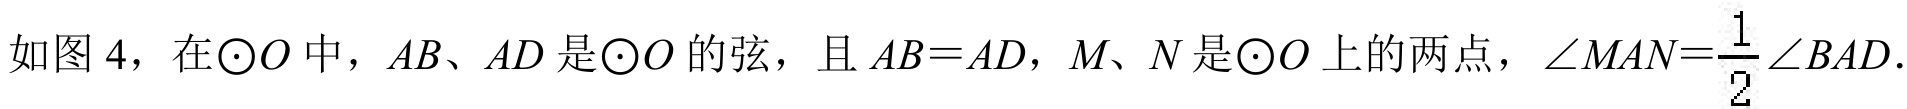
如图 4，在$\odot O$中，$AB、AD$是$\odot O$的弦，且$AB = AD$，$M、N$是$\odot O$上的两点，$\angle MAN=\frac{1}{2}\angle BAD$．